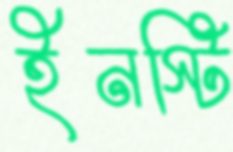
ইনস্টি